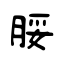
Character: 脮